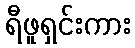
ရီဖူရှင်းကား